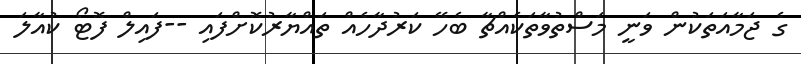
ގެ ޖަމާއަތަކުން ވަނީ މަސްތުވާތަކެއްޗާ ބެހޭ ކަރުދާހެއް ތައްޔާރުކޮށްފައި --ފައިލް ފޮޓޯ ކުއާލަ